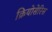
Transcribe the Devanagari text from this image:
क्रियोसेरिस